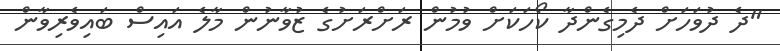
"ދެ ދުވަހަށް ދެމިގެންދާ ކޯހަކަށް ވުމުން ރަށްރަށުގެ ޒުވާނުން މާލެ އައިސް ބައިވެރިވާން